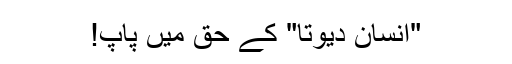
"انسان دیوتا" کے حق میں پاپ!